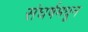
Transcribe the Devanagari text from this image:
संघर्षमधून